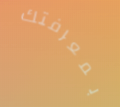
بمعرفتك